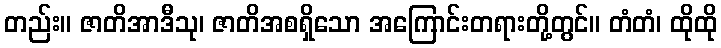
တည်း။ ဇာတိအာဒီသု၊ ဇာတိအစရှိသော အကြောင်းတရားတို့တွင်။ တံတံ၊ ထိုထို